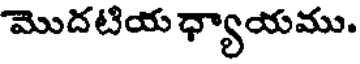
మొదటియ ధ్యాయము.